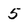
Character: 5